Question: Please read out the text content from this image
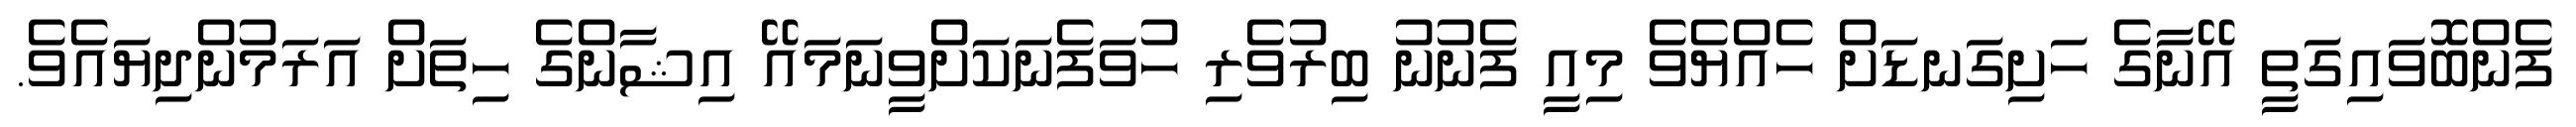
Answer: ފެންބޮވައިގަތީ އޭނާގެ ހަށިގަނޑަށް ހެއްޔެވެ މިއީ ފެނުނު ބިރުވެރި ހުވަފެނަކަށްވީނަމައޭ އިޝާންގެ ހިތަށް އަރަމުންދިޔައެވެ.